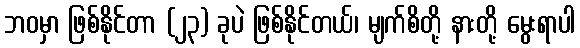
ဘဝမှာ ဖြစ်နိုင်တာ (၂၃) ခုပဲ ဖြစ်နိုင်တယ်၊ မျက်စိတို့ နားတို့ မွေးရာပါ